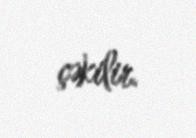
çəkilir.